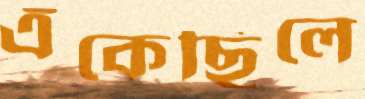
এঁকেছিলে